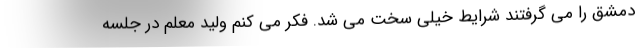
دمشق را می گرفتند شرایط خیلی سخت می شد. فکر می کنم ولید معلم در جلسه